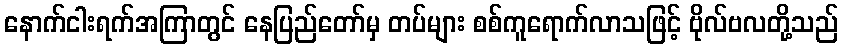
နောက်ငါးရက်အကြာတွင် နေပြည်တော်မှ တပ်များ စစ်ကူရောက်လာသဖြင့် ဗိုလ်ဗလတို့သည်